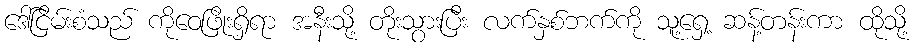
ဒေါ်ငြိမ်းစံသည် ကိုဝေဖြိုးရှိရာ အနီးသို့ တိုးသွားပြီး လက်နှစ်ဘက်ကို သူ့ရှေ့ ဆန့်တန်းကာ ထိုသို့